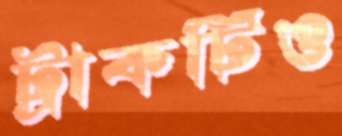
ট্রাকটিও